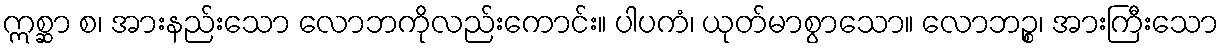
ဣစ္ဆာ စ၊ အားနည်းသော လောဘကိုလည်းကောင်း။ ပါပကံ၊ ယုတ်မာစွာသော။ လောဘဉ္စ၊ အားကြီးသော